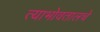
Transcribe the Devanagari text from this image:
त्याभोवतालचे